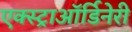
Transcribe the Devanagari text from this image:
एक्स्ट्राऑर्डिनेरी